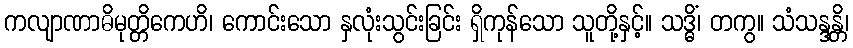
ကလျာဏာဓိမုတ္တိကေဟိ၊ ကောင်းသော နှလုံးသွင်းခြင်း ရှိကုန်သော သူတို့နှင့်။ သဒ္ဓိံ၊ တကွ။ သံသန္ဒန္တိ၊